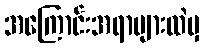
အကြောင်းအရာများထဲမှ